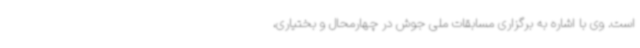
است. وی با اشاره به برگزاری مسابقات ملی جوش در چهارمحال و بختیاری،